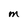
Character: M